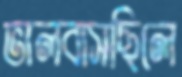
ভালবাসছিলে